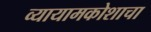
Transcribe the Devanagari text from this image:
व्यायामकोशाचा